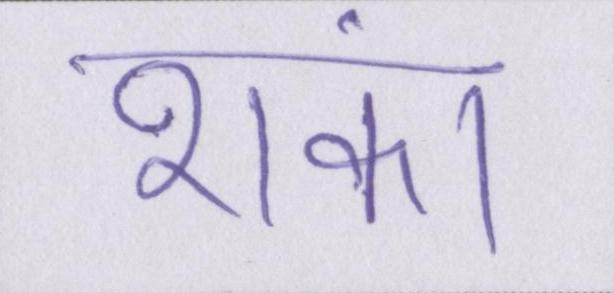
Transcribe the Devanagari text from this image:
शंका